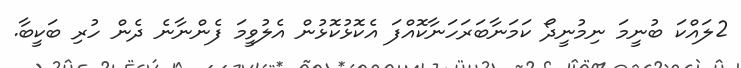
2ލައްކަ ބުނީމަ ނިމުނީދޯ ކަމަނާބަރަހަނާކޮއްފަ އެކޮޅުކޮޅުން އެލުވީމަ ފެންނާނެ ދެން ހުރި ބަކީބާ.